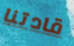
قادتنا